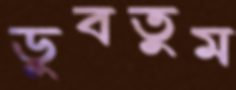
ডুবতুম